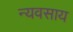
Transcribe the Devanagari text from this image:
न्यवसाय